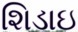
શિડાઇ